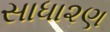
સાધા૨ણ